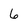
Character: 6